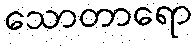
သောတာရော